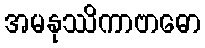
အမနုဿိကာဗာဓော